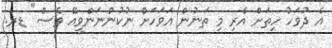
އެ ދުވަހު ހިތަށް އެރި މި ތަނުން އަވަހަށް ނުކުންނަންވީއޭ ވެސް" ޑރ.